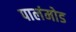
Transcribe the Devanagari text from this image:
पालंमोड